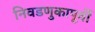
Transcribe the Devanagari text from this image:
निवडणुकापूर्वी